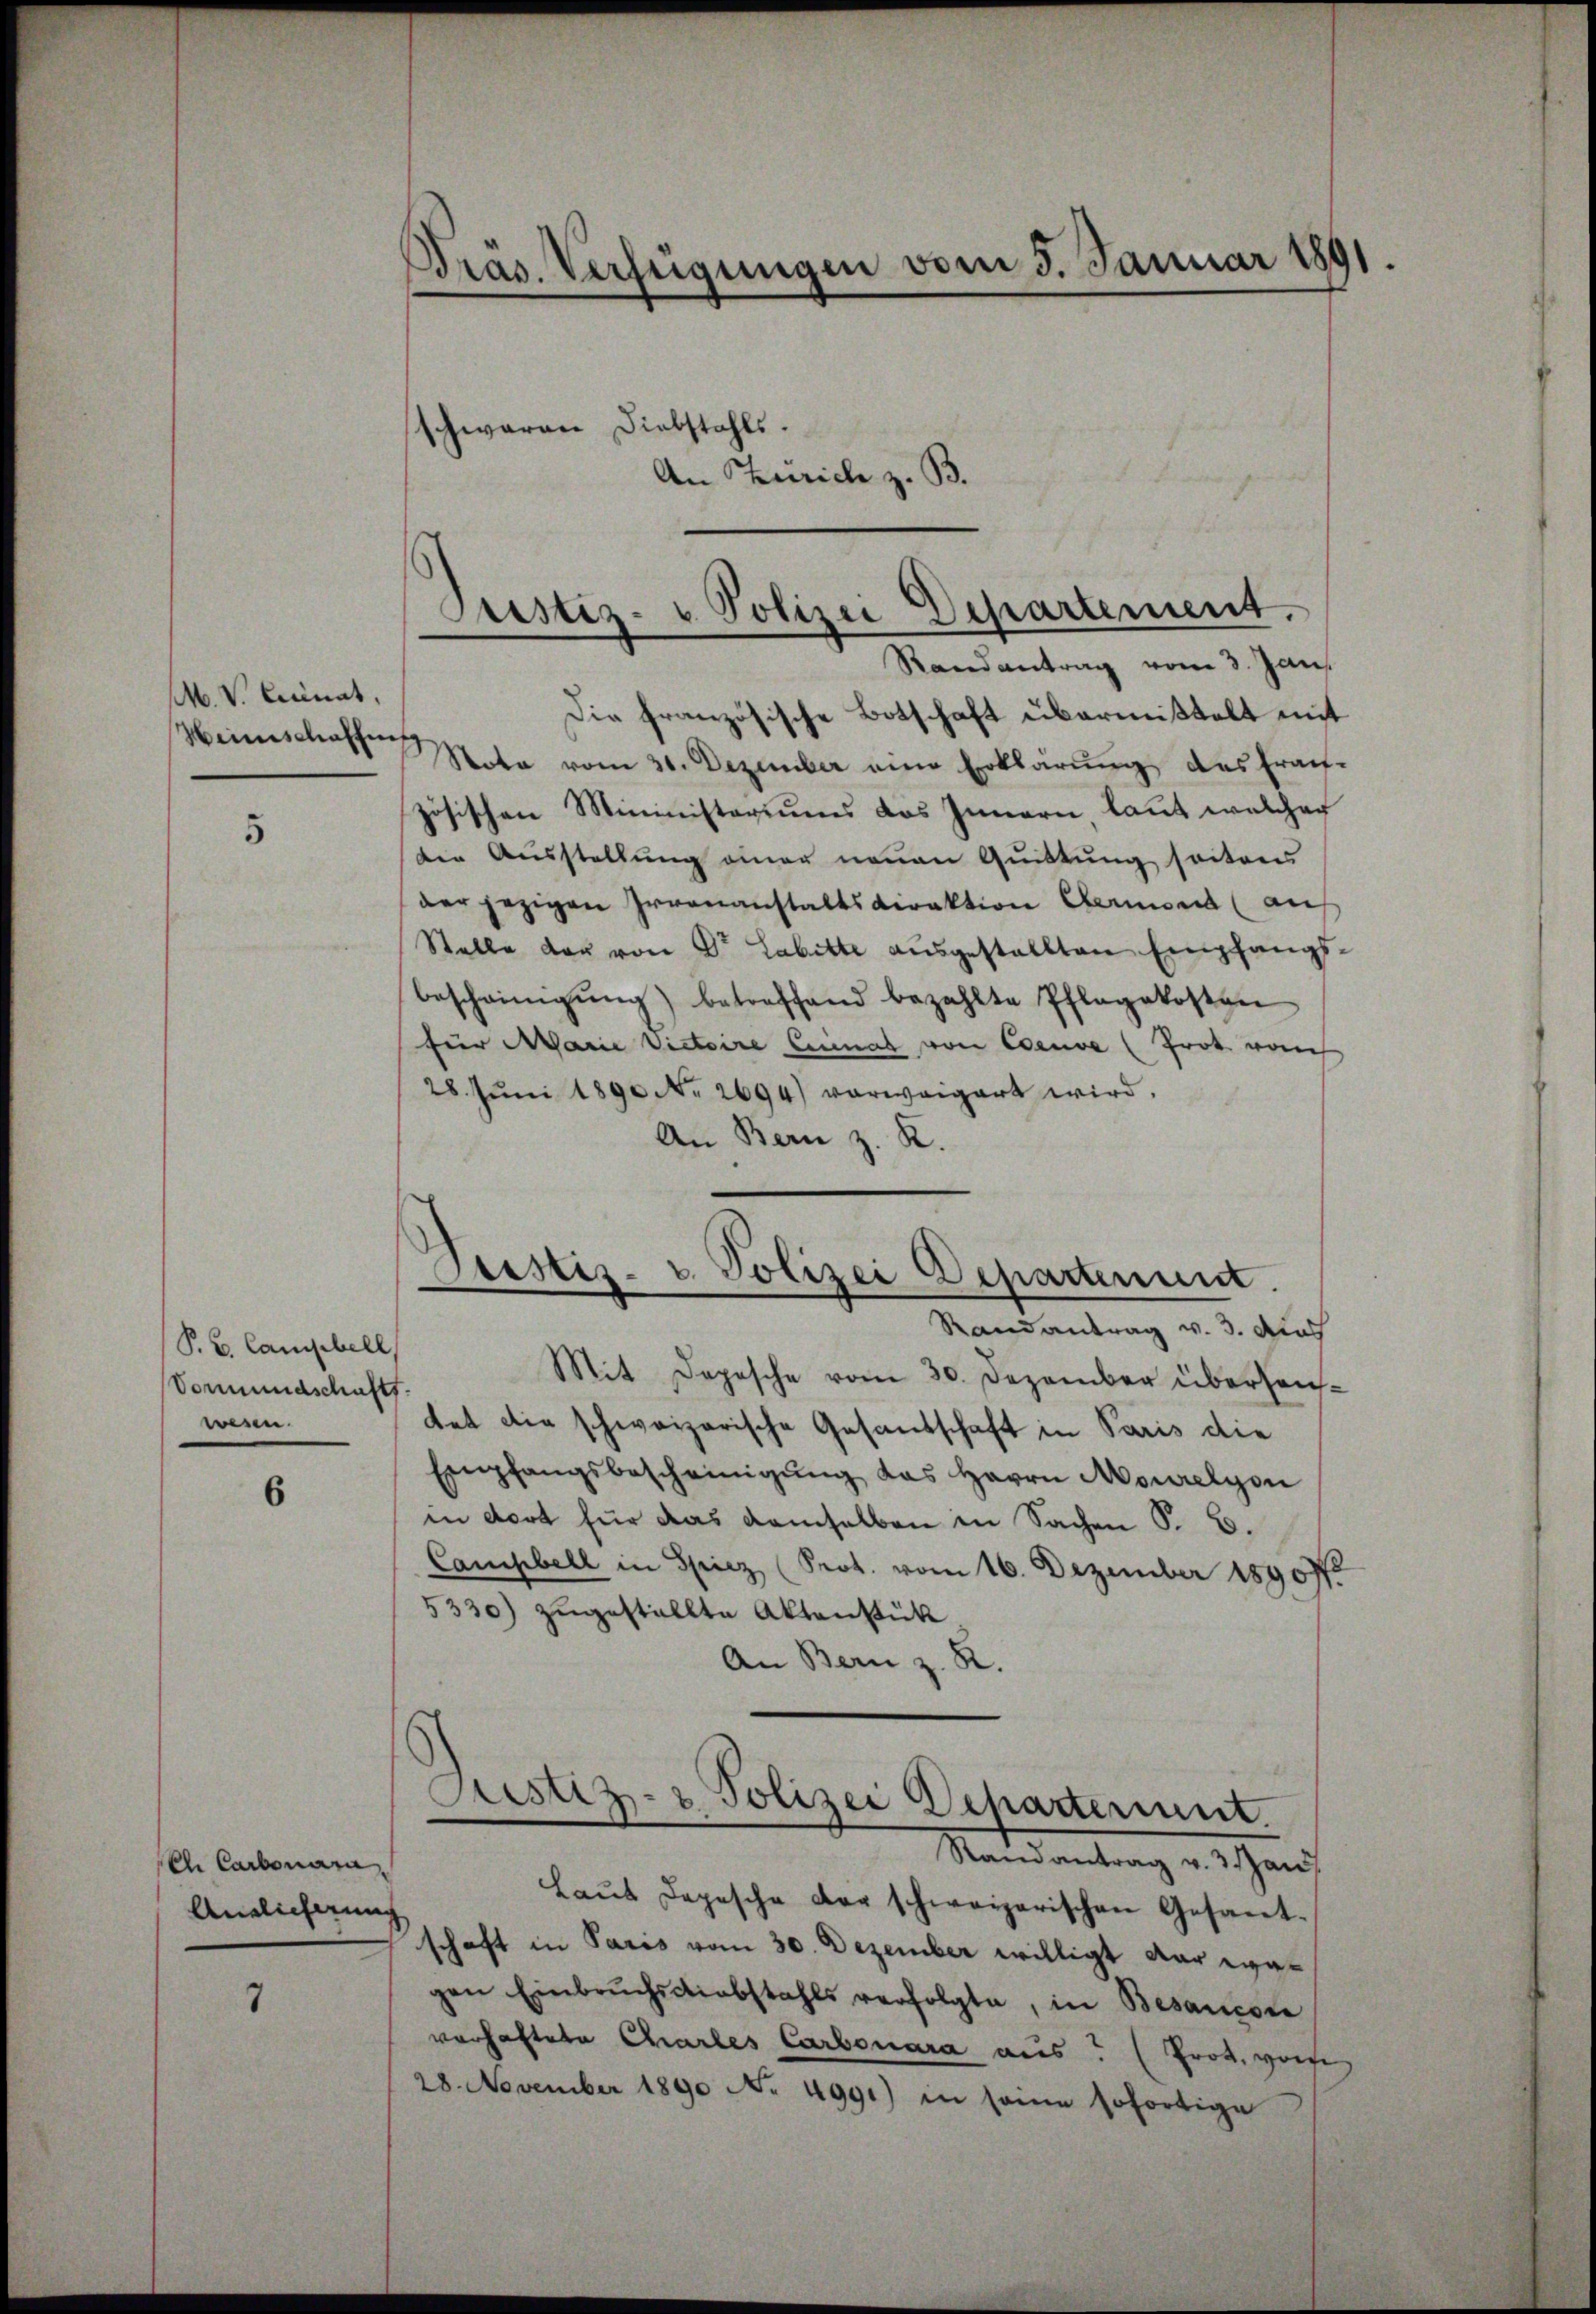
M. V. Cunat,

5

P. V. Cancell
Vormundschaft.
wesen.

6

ei Carbonara,
Anglicherung

7

Präs. Verfügungen vom 3. Januar 1891.
schwaren Diebstahls.
An Zürich z. B.

Pustiz- u Polizei Departement.
Randantrag vom 3. Jan.

Die französische Botschaft übermißtelt mit
Weinschaften Nota vom 31. Dezember eine Erklärung des Frach-
zösischen Mininisteriums das Innern laut welcher
die Ausstellung einer neuen Quittung seitens
der jezigen Irrenanstaltsdirektion ermond (auf
Stelle der von Dr. Labette aŭsgestellten Empfangs-
bescheinigŭng betreffend bezahlte Pflegekosten
für Marie Victoire Eisenat von Coeuve (Prot vom
28. Jŭni 1890 N. 2694) verweigert wird.
An Bern z. R.

Dustiz- u. Polizei Departement

Randantrag v. 3. Aus
Mit Depesche vom 30. Dezember überhaustat die schweizerische Gesandschaft in Paris die
Empfangsbescheinigŭng das Herrn Mourelyon
in dort für das demselben in Sachen S. B.
Campbell in Spiez (Prot. vom 16. Dezember 18907.
5330) zŭgestellte Aktenstück,
An Bern z. R.
Festiz- & Polizei Departeriunt.
Randantrag v. 3. Jan
Laŭt Depesche der schweizerischen Gesant-
schaft in Paris vom 30. Dezember willigt war wagen Einbruchsdiebstahls verfolgte, in Besancore
vorhaftete Charles Carbonara aus: (Prot. vom
28. November 1890 No 4991) in seine sofortige